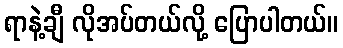
ရာနဲ့ချီ လိုအပ်တယ်လို့ ပြောပါတယ်။